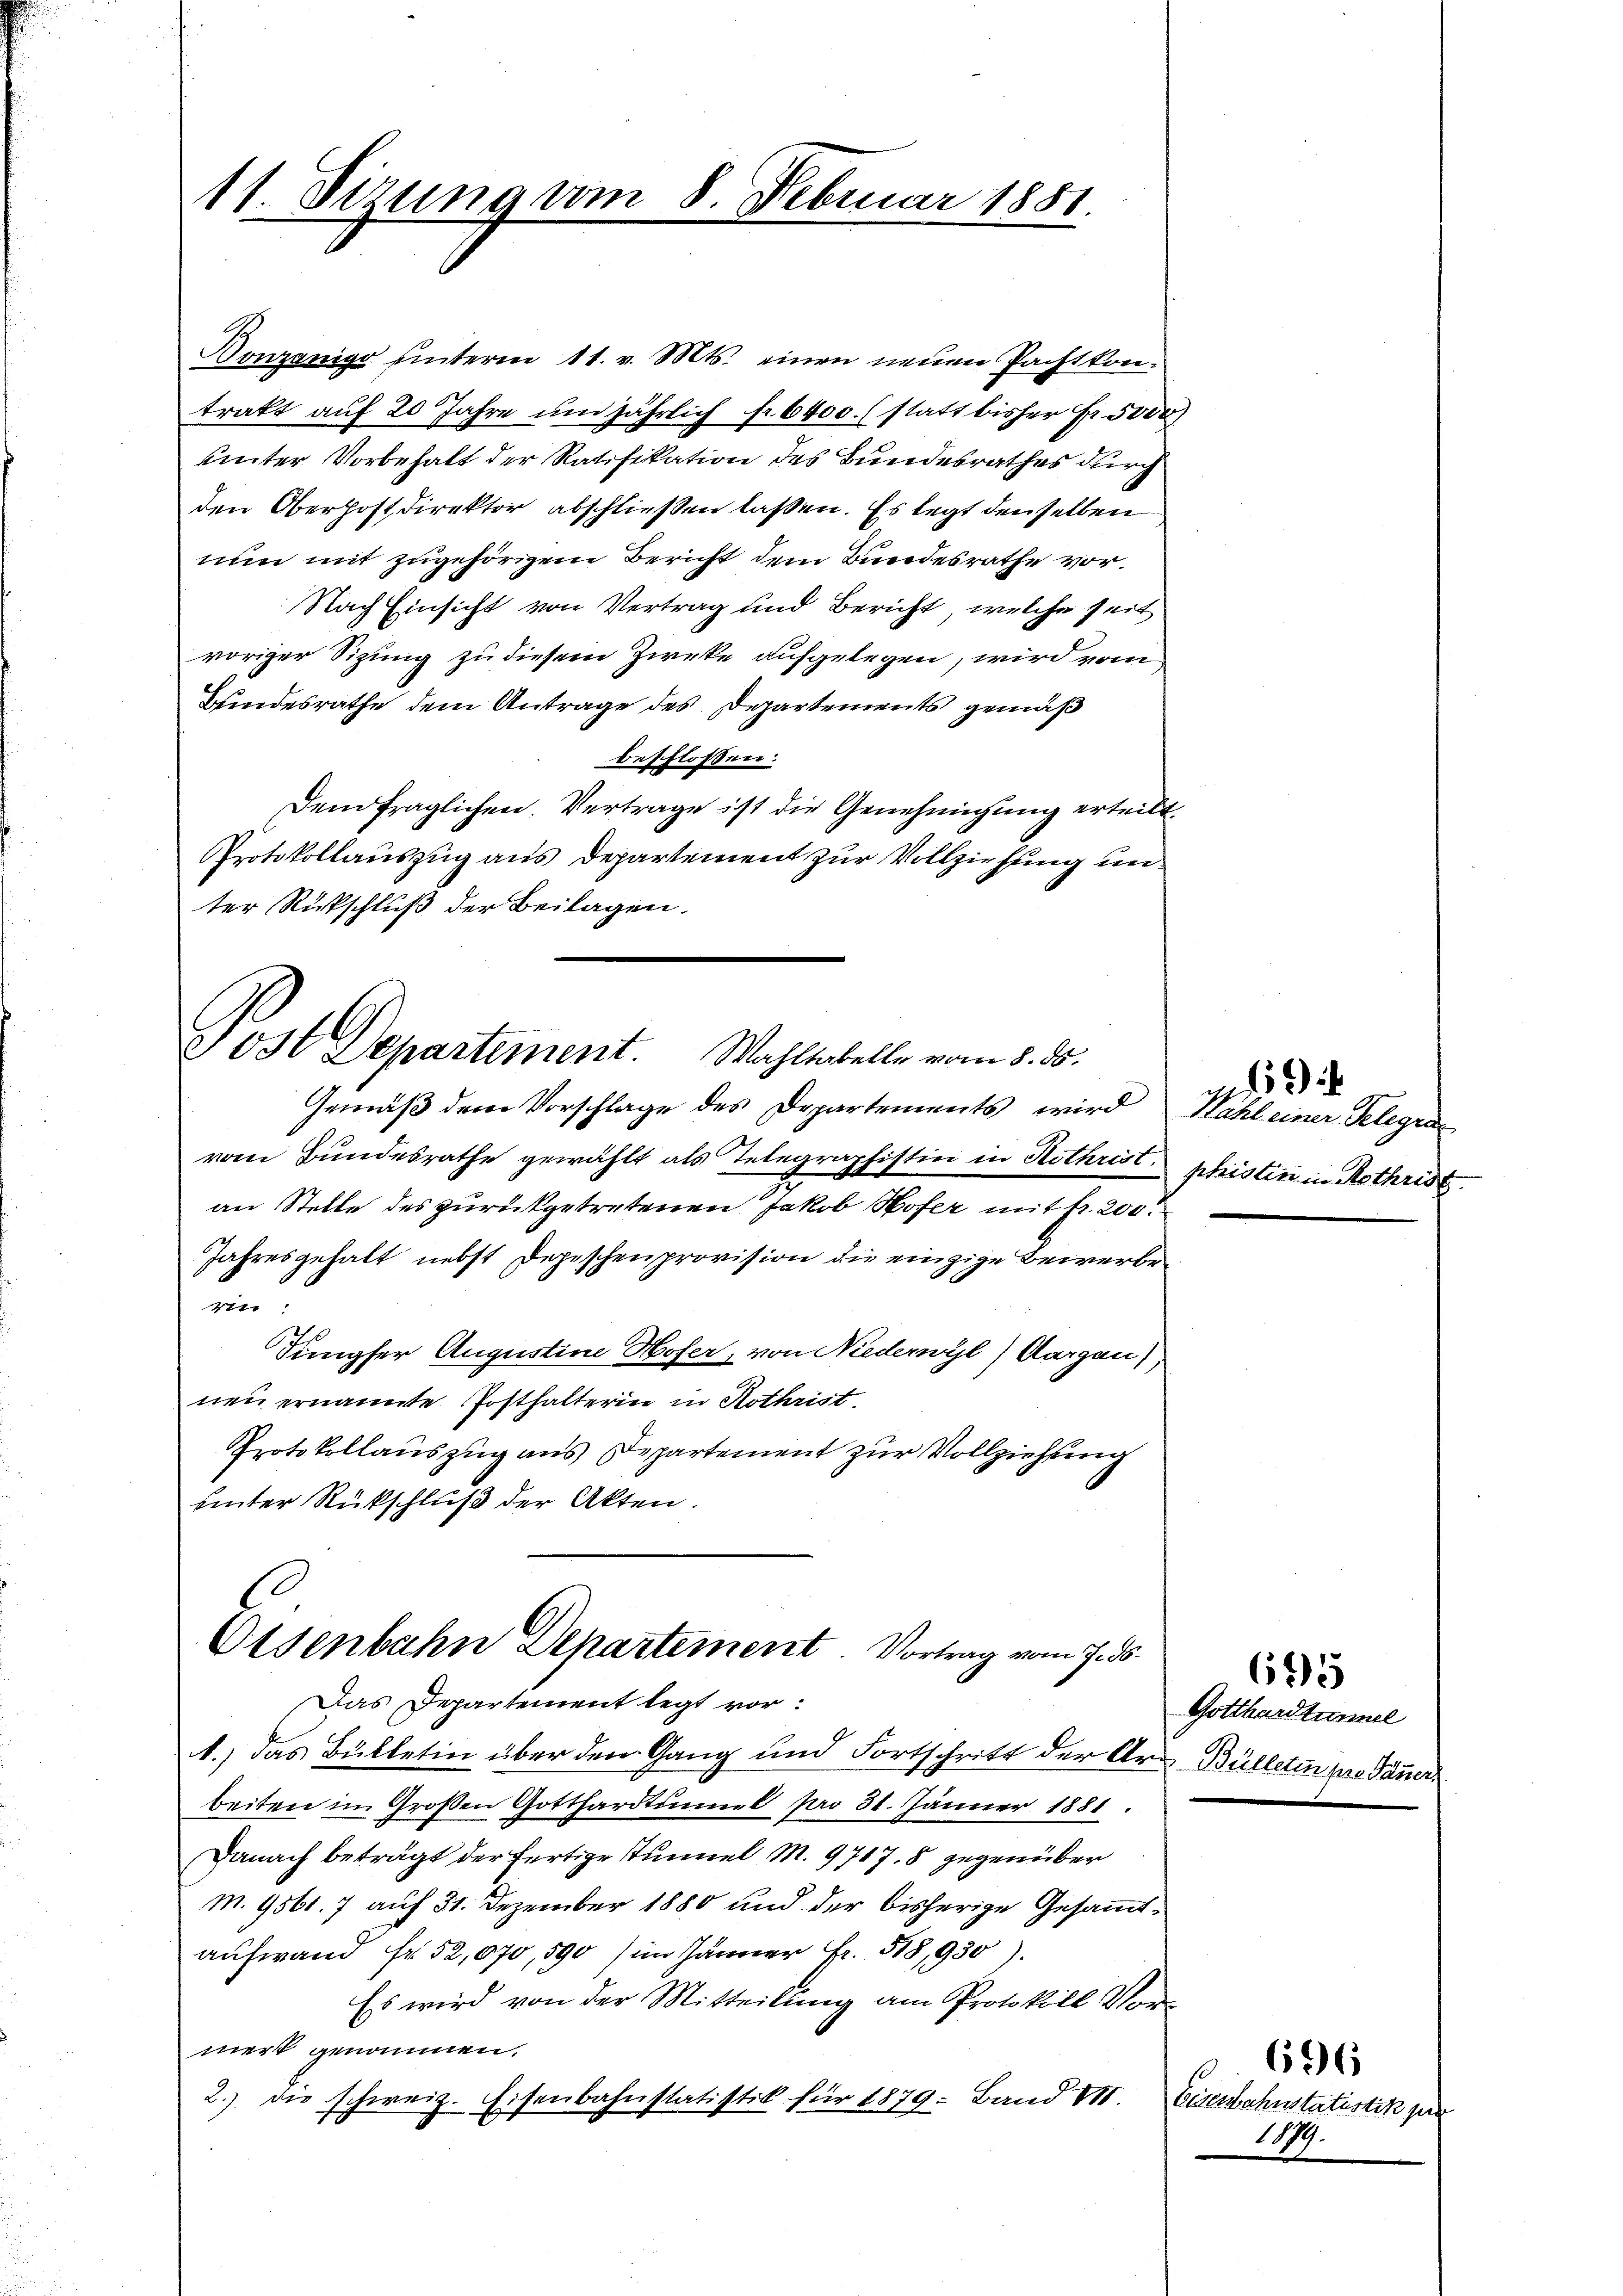
11 Firung vom

8. Februar 1881.

Donzanigo unterm 11. v. Mts. einen neuen Pachtkontrakt auf 20 Jahre um jährlich fr. 6400. (statt bisher Fr. ver
unter Vorbehalt der Ratifikation des Bundesrathes durch
den Oberhostdirektor abschließen laßen. Es legt denselben
nun mit zugehörigem Bericht dem Bundesrathe vor¬
Nach Einsicht von Vertrag und Bericht, welche seit
voriger Sizung zu diesem Zirke aufgelegen, wird vom
Bundesrathe dem Antrage des Departements gemäß
beschlossen:
denfraglichen. Vertrage ist die Genehmigung erteilt.
Protokollauszug aus Departement zur Vollziehung unter Rückschluß der Beilagen.

Post Departement. Wahlenkelle vom 5. d.

Gemäß dem Vorschlage des Departements wird Hahl einer Telegre
vom Bundesrathe gewählt als Telegraphistin in Rothrist.
an Stelle des zurückgetretenen Jakob Hofer mit fr. 200.
Jahresgehalt nebst Depeschenprovision die einzige Bewerberin
Jungfer Augustine Hofer, von Niederwyl) Aargen)
neu ernannte Posthalterin in Rothrist
Protokollauszug aus Departement zur Vollziehung
uinter Rückschluß der Akten.

Osenbahn Departement. Vortrag vom 7. ds.
Das Departement legt vor:

1.) Das Bülletin über den Gang und Fortschritt der Art Bülleten pro Tauer.
beiten im Großen Gotthardtunnel pro 31. Jänner 1881.
Danach beträgt der fertige Stummel M. 9717. 8 gegenüber
m. 9561. 7 auf 31. Dezember 1880 und der bisherige Gesammtaufwand fr. 52,070,590) im Jänner Fr. 518,930).
Es wird von der Mitteilung am Protokoll Vormerk genommen,
2.) die schweiz. Eisenbahnstatistik für 1879. Band VII. Eisenbahnstatistik zu

phristen in Rothris

Gotthardtunnel

695

1879.

696